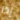
إذا